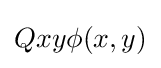
Qxy\phi (x,y)